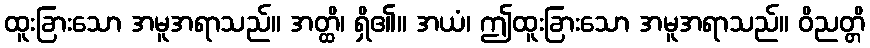
ထူးခြားသော အမူအရာသည်။ အတ္ထိ၊ ရှိ၏။ အယံ၊ ဤထူးခြားသော အမူအရာသည်။ ဝိညတ္တိ